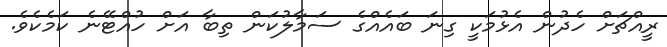
ރީއްޗަށް ހެދުން އެޅުމަކީ ގިނަ ބައެއްގެ ސަމާލުކަން ތިބާ އަށް ހުއްޓޭނެ ކަމެކެވެ.